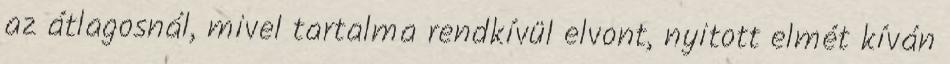
az átlagosnál, mivel tartalma rendkívül elvont, nyitott elmét kíván